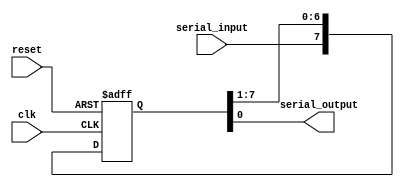
module piso_shift_reg (
    input wire clk,
    input wire reset,
    input wire serial_input,
    output reg serial_output
);

reg [7:0] shift_register;

always @(posedge clk or posedge reset) begin
    if (reset) begin
        shift_register <= 8'b0;
    end else begin
        shift_register <= {serial_input, shift_register[7:1]};
    end
end

assign serial_output = shift_register[0];

endmodule